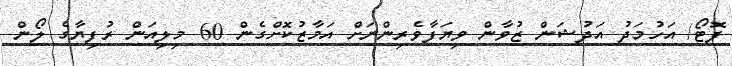
ފޮޓޯ/ އަހުމަދު އަދުޝަން ޒުވާން ވިޔަފާވެރިންނަށް އަމާޒުކޮށްގެން 60 މިލިއަން ރުފިޔާގެ ލޯން